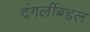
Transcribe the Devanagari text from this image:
दंगलींबद्दल